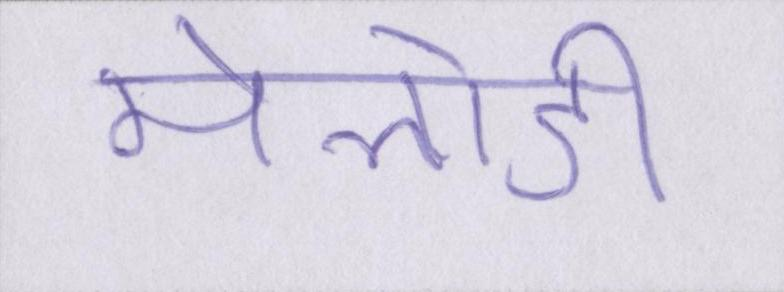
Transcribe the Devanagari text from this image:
मेलोडी